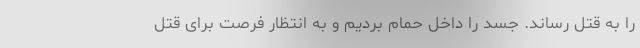
را به قتل رساند. جسد را داخل حمام بردیم و به انتظار فرصت برای قتل